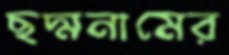
ছদ্মনামের